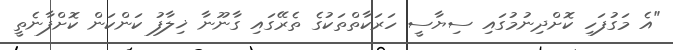
"އެ މަގުފަހި ކޮށްދިނުމުގައި ސިޔާސީ ހަރަކާތްތަކުގެ ތެރޭގައި ގާނޫނާ ޚިލާފު ކަންކަން ކޮށްފާނެތީ